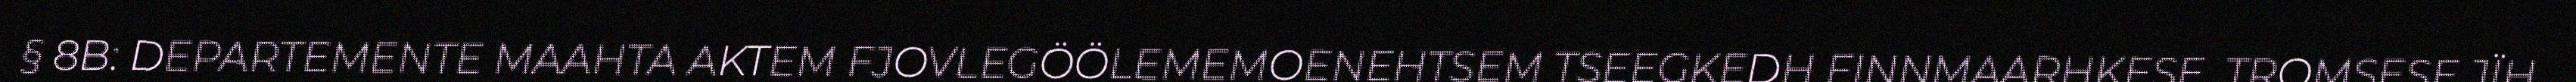
§ 8B: DEPARTEMENTE MAAHTA AKTEM FJOVLEGÖÖLEMEMOENEHTSEM TSEEGKEDH FINNMAARHKESE, TROMSESE JÏH